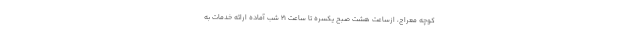
کوچه معراج، ازساعت هشت صبح یکسره تا ساعت ۲۱ شب آماده ارائه خدمات به